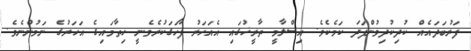
ފަރުބަދައެއް ކުދިކުދިވުންފަދަ ކަމެކެވެ. އިސްލާމީ ތާރީޚުގައި އެއަހަރު ފާހަގަކުރެވެނީ ހިތާމައިގެ އަހަރުގެ ނަމުންނެވެ.